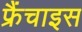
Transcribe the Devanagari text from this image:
फ्रैंचाइस